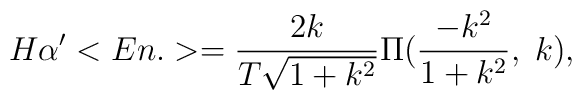
H\alpha'<En.>=\frac{2k}{T\sqrt{1+k^2}}\Pi(\frac{-k^2}{1+k^2},\;k),